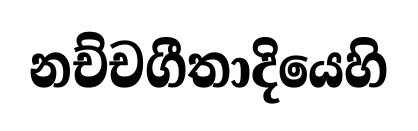
නච්චගීතාදියෙහි